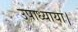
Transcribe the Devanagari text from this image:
उपाध्याया।